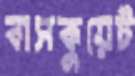
বাসকুয়েট